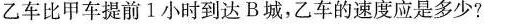
乙车比甲车提前1小时到达B城，乙车的速度应是多少?